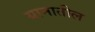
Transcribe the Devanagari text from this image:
यानातील